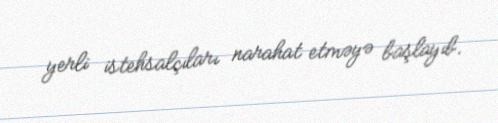
yerli istehsalçıları narahat etməyə başlayıb.